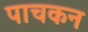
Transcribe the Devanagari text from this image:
पाचकन